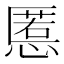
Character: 慝